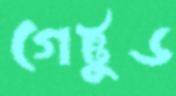
গেট্টুড